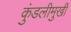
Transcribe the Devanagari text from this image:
कुंडलीमुखी